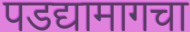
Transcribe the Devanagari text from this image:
पडद्यामागचा